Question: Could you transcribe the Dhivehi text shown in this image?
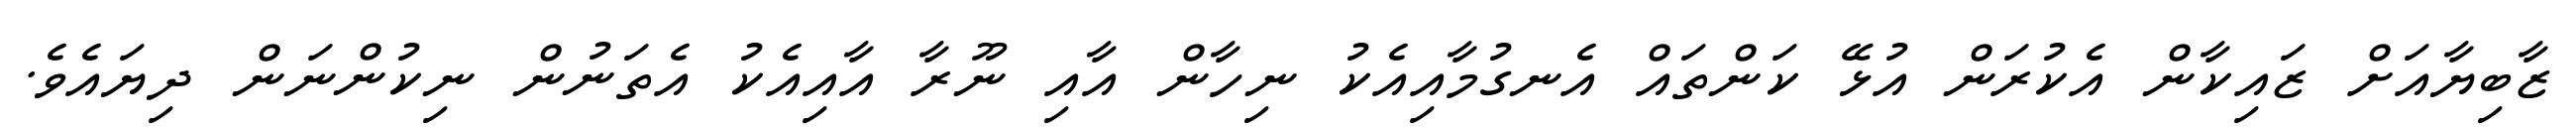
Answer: ޒާބިޔާއަށް ޒައިކާން އެކުރަން އުޅޭ ކަންތައް އެނގުމާއިއެކު ނިހާން އާއި ނޫރާ އާއިއެކު އެތަނުން ނިކުންނަން ދިޔައެވެ.